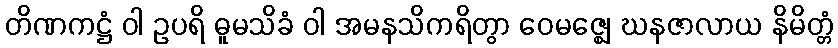
တိဏကဋ္ဌံ ဝါ ဥပရိ ဓူမသိခံ ဝါ အမနသိကရိတွာ ဝေမဇ္ဈေ ဃနဇာလာယ နိမိတ္တံ